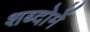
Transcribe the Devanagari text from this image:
शब्दोमें